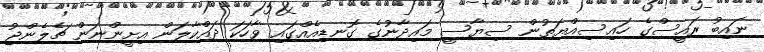
ނައިބު ރައީސްގެ ހައިސިއްޔަތުން ސިޔާސީ މައިދާނުގެ ގޮނޑިއެއްގައި ވާހަކަ ދައްކާލަން އިށީންނަން ޗެލެންޖު